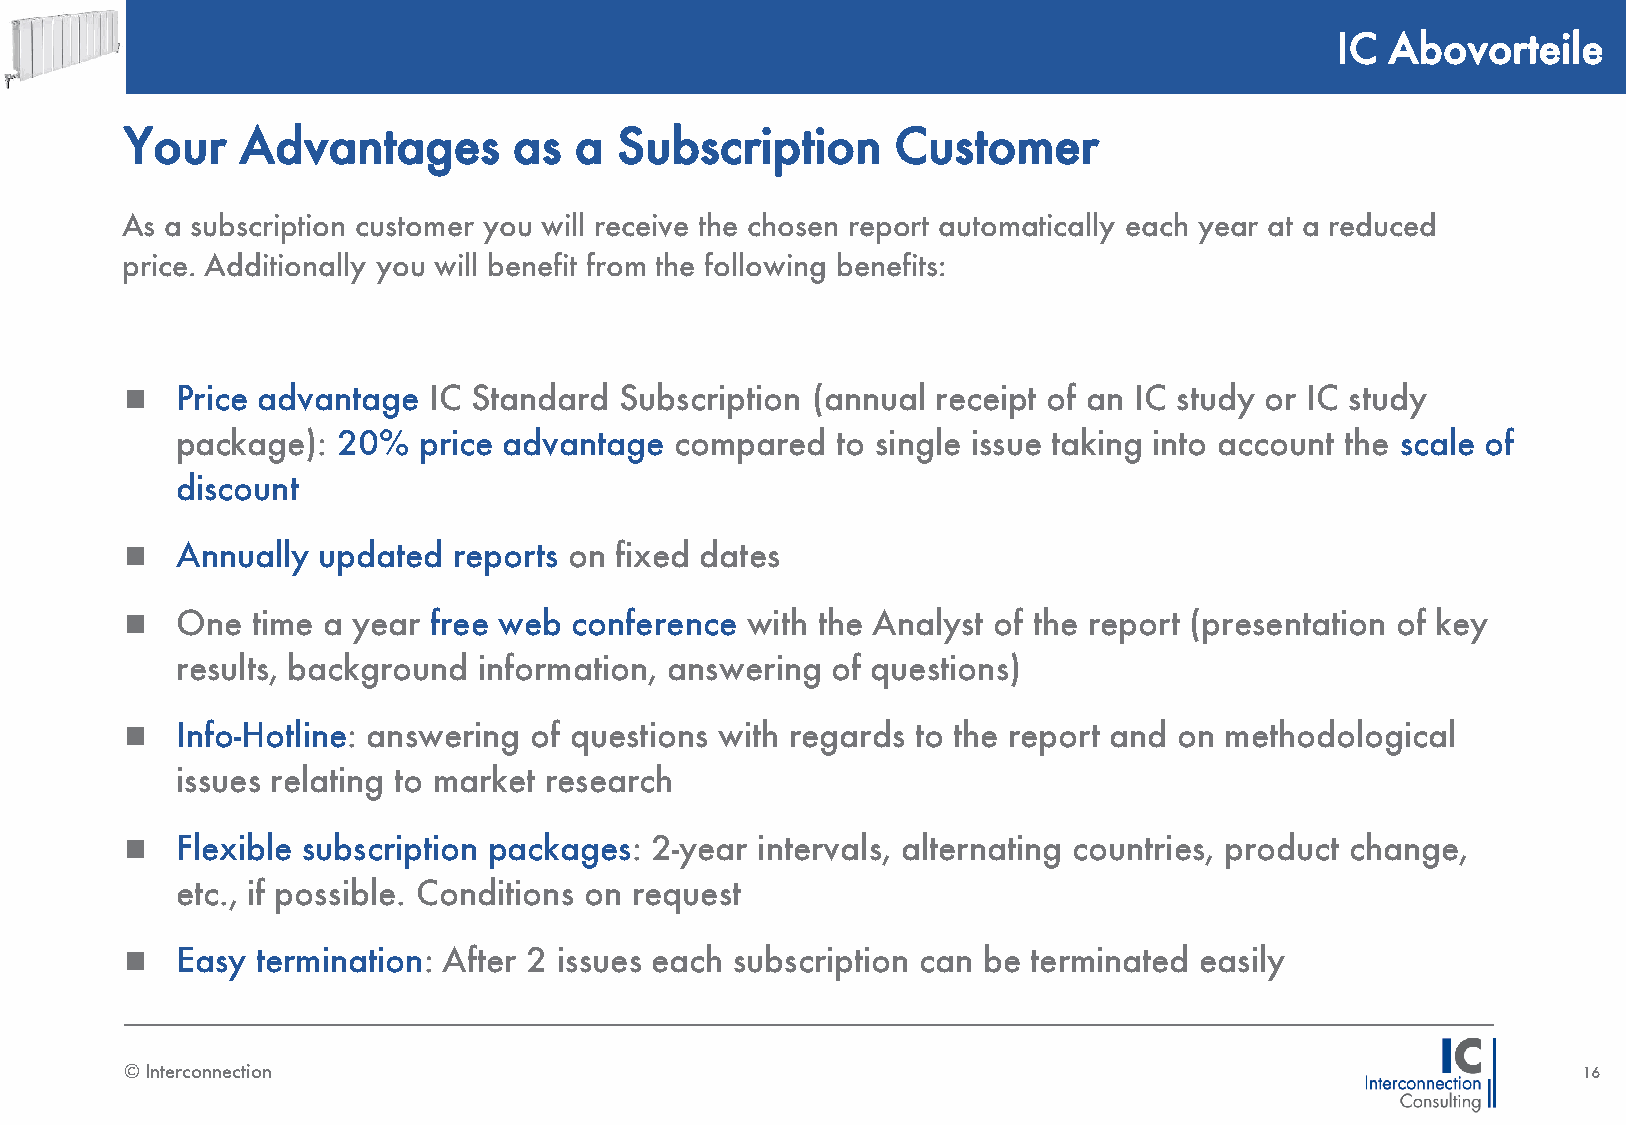
IC  Abovorteile
 Your    Advantages        as  a  Subscription      Customer
 As a subscription customer you will receive the chosen report automatically each year at a reduced
 price. Additionally you will benefit from the following benefits:
    Price advantage IC Standard  Subscription (annual receipt of an IC study or IC study
 package): 20%   price advantage  compared  to single issue taking into account the scale of
 discount
    Annually updated  reports on fixed dates
    One  time a year free web conference with the Analyst of the report (presentation of key
 results, background information, answering of questions)
    Info-Hotline: answering of questions with regards to the report and on methodological
 issues relating to market research
    Flexible subscription packages: 2-year intervals, alternating countries, product change,
 etc., if possible. Conditions on request
    Easy termination: After 2 issues each subscription can be terminated easily
 © Interconnection                                                                                16